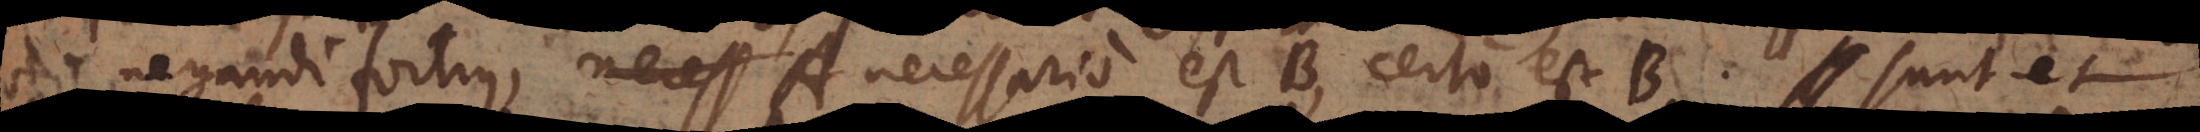
negandi fortius, A necessario est B, certo est B. Sunt et